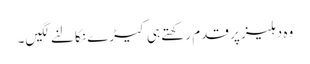
وہ دہلیز پر قدم رکھتے ہی کیڑے نکالنے لگیں۔